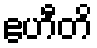
ဧဟီတိ